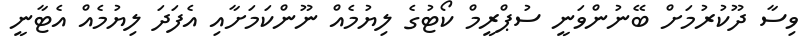
ވިސާ ދޫކުރުމަށް ބޭނުންވަނީ ސުޕްރީމް ކޯޓުގެ ލިޔުމެއް ނޫންކަމަށާއި އެފަދަ ލިޔުމެއް އެޓާނީ